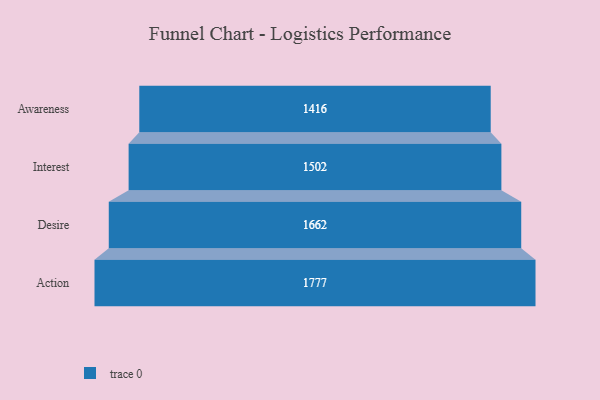
{"axis": {"x": "Stage", "y": "Value"}, "legend": [""], "data": [{"x": "Awareness", "y": 1416.0, "type": ""}, {"x": "Interest", "y": 1502.0, "type": ""}, {"x": "Desire", "y": 1662.0, "type": ""}, {"x": "Action", "y": 1777.0, "type": ""}]}